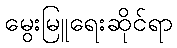
မွေးမြူရေးဆိုင်ရာ